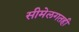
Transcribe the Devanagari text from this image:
सीमेलगतही